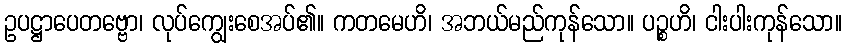
ဥပဋ္ဌာပေတဗ္ဗော၊ လုပ်ကျွေးစေအပ်၏။ ကတမေဟိ၊ အဘယ်မည်ကုန်သော။ ပဉ္စဟိ၊ ငါးပါးကုန်သော။